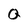
Character: Q